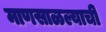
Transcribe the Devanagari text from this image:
माणसाळल्याची